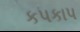
કપકાપ